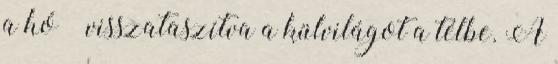
a hó – visszataszítva a külvilágot a télbe. A